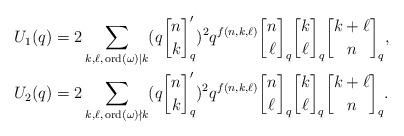
LaTeX: \begin{align*}U_1(q) &= 2\sum_{k,\ell, \, \mathrm{ord}(\omega) \mid k} (q{n \brack k}'_q)^2 q^{f(n,k,\ell)} {n \brack \ell}_q {k \brack \ell}_q {k+\ell \brack n}_q,\\U_2(q) &= 2\sum_{k,\ell, \, \mathrm{ord}(\omega) \nmid k} (q{n \brack k}'_q)^2 q^{f(n,k,\ell)} {n \brack \ell}_q {k \brack \ell}_q {k+\ell \brack n}_q. \end{align*}